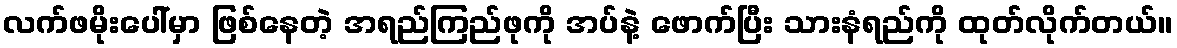
လက်ဖမိုးပေါ်မှာ ဖြစ်နေတဲ့ အရည်ကြည်ဖုကို အပ်နဲ့ ဖောက်ပြီး သားနံရည်ကို ထုတ်လိုက်တယ်။